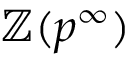
\mathbb { Z } ( p ^ { \infty } )